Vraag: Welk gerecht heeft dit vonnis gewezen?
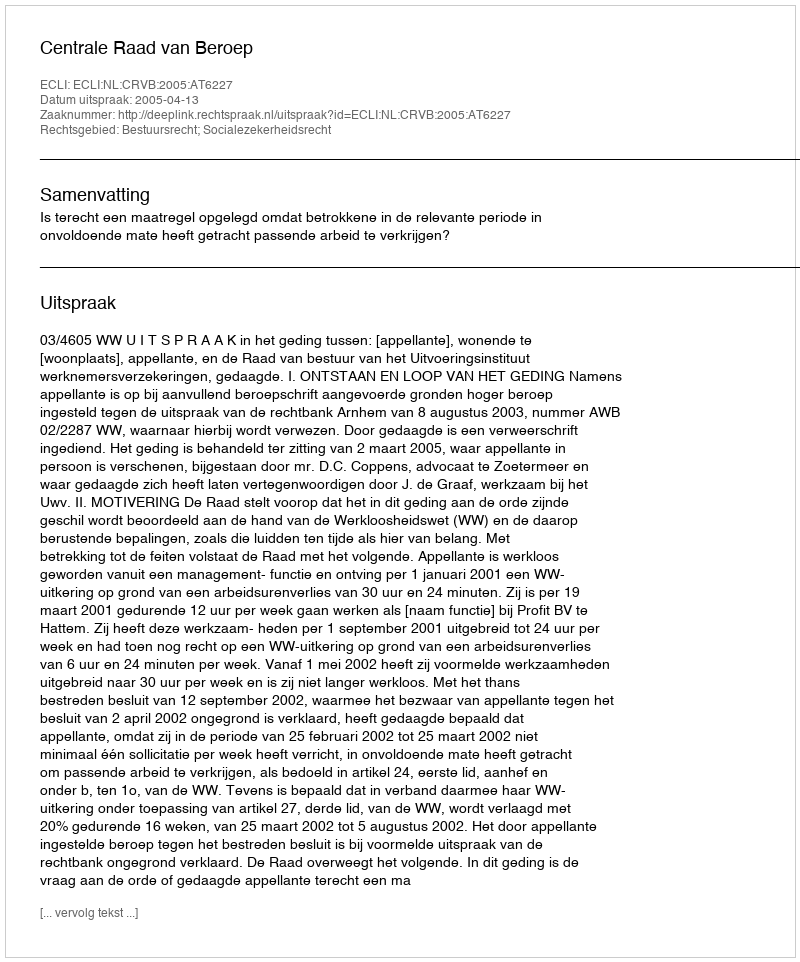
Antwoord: Centrale Raad van Beroep